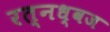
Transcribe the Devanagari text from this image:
रत्नध्वज